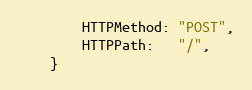
Language: Go
		HTTPMethod: "POST",
		HTTPPath:   "/",
	}